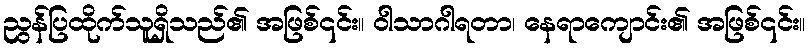
ညွန်ပြထိုက်သူရှိသည်၏ အဖြစ်၎င်း။ ဝါသာဂါရတာ၊ နေရာကျောင်း၏ အဖြစ်၎င်း။